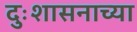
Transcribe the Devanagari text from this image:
दुःशासनाच्या